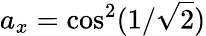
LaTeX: a_{x}=\cos^{2}(1/\sqrt{2})